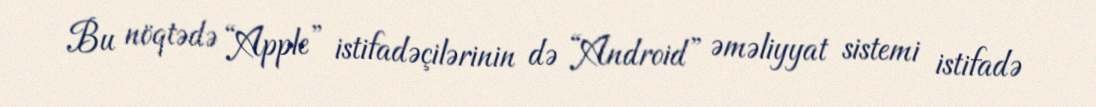
Bu nöqtədə “Apple” istifadəçilərinin də “Android” əməliyyat sistemi istifadə